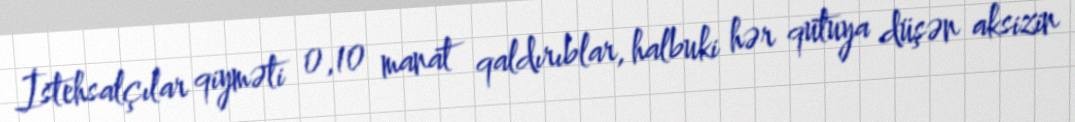
İstehsalçılar qiyməti 0,10 manat qaldırıblar, halbuki hər qutuya düşən aksizin